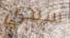
سيدي